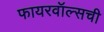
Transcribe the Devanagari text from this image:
फायरवॉल्सची